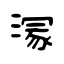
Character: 溕